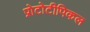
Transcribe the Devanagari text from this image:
प्रोटोटीपिकल